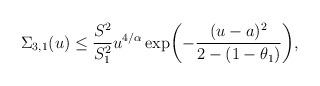
LaTeX: \begin{align*} \Sigma_{3,1}(u)\le\frac{S^2}{S_1^2}u^{{4}/{\alpha}} \exp \biggl(-\frac{(u-a)^2}{2-(1-\theta_1)} \biggr),\end{align*}